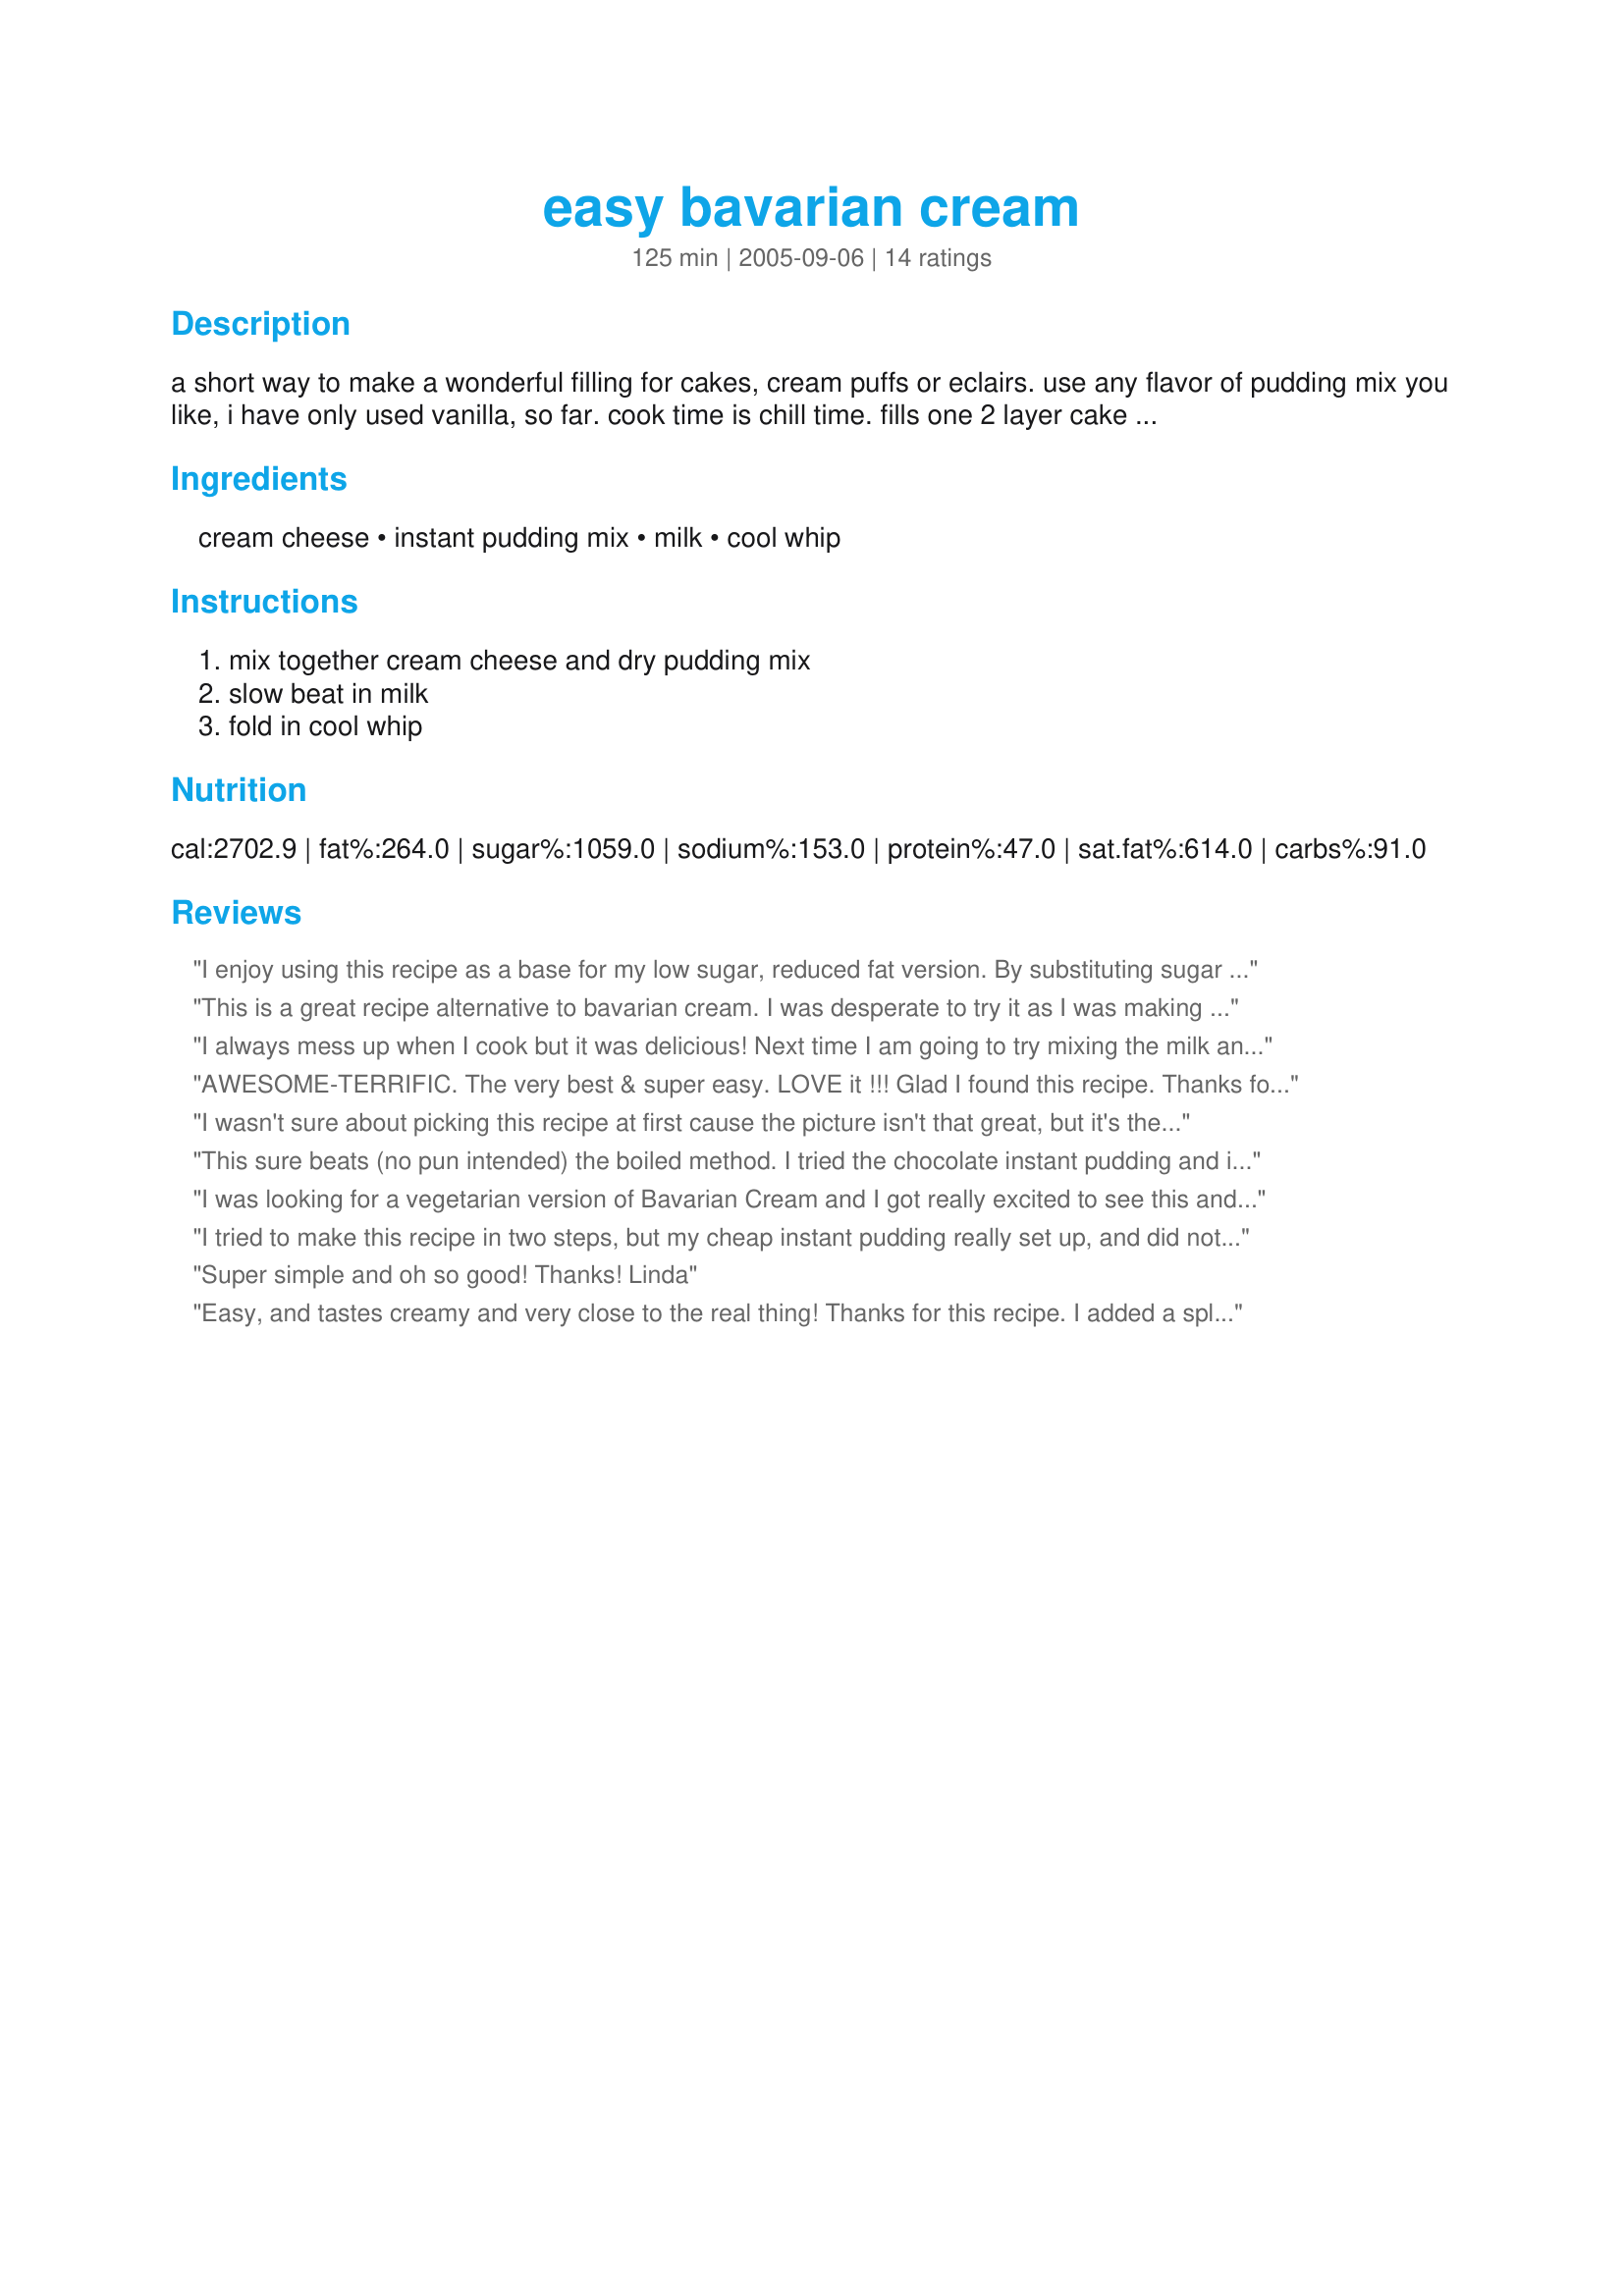
easy bavarian cream
Preparation time: 125 minutes

a short way to make a wonderful filling for cakes, cream puffs or eclairs. use any flavor of pudding mix you like, i have only used vanilla, so far. cook time is chill time. fills one 2 layer cake or about 24 cream puffs.

Ingredients:
cream cheese, instant pudding mix, milk, cool whip

Steps:
mix together cream cheese and dry pudding mix, slow beat in milk, fold in cool whip

Reviews:
I enjoy using this recipe as a base for my low sugar, reduced fat version. By substituting sugar free pudding, fat free or 1/3 less fat cream cheese, skim milk or soy and fat free cool whip, I make a sinfully delightful treat into special diets wonders and it does taste good. I can also make a strawberry version as well by adding sugar free perserves or fresh/frozen strawberries. Its good on bagels, biscuits, english muffins, or as a pie.
This is a great recipe alternative to bavarian cream. I was desperate to try it as I was making a huge cake, it was getting late and I was running out of time and patients so I really didnt want to have to make the real version of bavarian cream. Thanks for the secret, it really helped a lot and really does taste like a great bavarian cream.
I always mess up when I cook but it was delicious! Next time I am going to try mixing the milk and pudding mix first, then adding cream cheese.
AWESOME-TERRIFIC. The very best & super easy. LOVE it !!!
Glad I found this recipe. Thanks for sharing/posting. *****+
I wasn't sure about picking this recipe at first cause the picture isn't that great, but it's the only one I use! I use this cream for almost every cake I do and it's cheap, quick and so easy! And delicious! Thanks so much! :D
This sure beats (no pun intended) the boiled method. I tried the chocolate instant pudding and it was just fine! Thanks.
I was looking for a vegetarian version of Bavarian Cream and I got really excited to see this and try it. I followed the recipe exactly, but I was less than thrilled with the results. It tasted like pudding and Cool Whip and not a thing like the rich, creamy, fluffy Bavarian Creams I've had in the past. I tried to fix it, too, by adding powdered sugar and some vanilla powder, but the pudding flavor and Cool Whip prevailed. I ended up chucking the whole thing and using a mousse recipe to fill my cupcakes. Be warned, it doesn't taste anything like Bavarian Cream. It'd be better in a Boston Cream Pie. Perhaps using heavy whipping cream whipped up to stiff peaks as the fold-in agent would douse that greasy, cheap flavor from the Cool Whip.
I tried to make this recipe in two steps, but my cheap instant pudding really set up, and did not mix well with the whipped cream (instead of cool whip) that I used the next day. I agree with other reviewers that the pudding flavor really overwhelms the cream. I have never made real Bavarian cream, but I am willing to try now!
Super simple and oh so good! Thanks! Linda
Easy, and tastes creamy and very close to the real thing! Thanks for this recipe. I added a splash of vanilla to this recipe and vanilla pudding.
This recipe is great! Although it I wasn't able to "fold" the whip cream in. I had to mix it to get it through the batter, it is wonderful. I made it with chocolate pudding, placed it between two layers of round chocolate cake, poured a butter/powered sugared based chocolate icing over the top, letting it drip over the sides and then fudge ice cream topping that was a hint darker in color also pour over the side. Then I dipped 6 strawberries in chocolate and placed those around the top and it is beautiful! But the cream center is going to make it taste better than it looks! Thanks! I am looking forward to trying it with other flavors.
I made a fourth of this and got 1 cup of cream for use with Recipe #329463 and it's delicious. I did add a small drop of real vanilla extract for more flavor. This is a great recipe for a quick Bavarian cream. Thanks for posting.
I recently had an order for a Boston Creme Pie, but the woman wanted sugar free and non fat. This was a good starting point for a filling after making some changes. I used sugar free pudding, but cut it down to 1 package because I didn't want it to taste fake and look yellow. (I think a second package of pudding would have made it dense instead of light and fluffy.) I used fat free nufchatel cheese in stead of cream cheese, and low fat milk. I also made sugar free/low fat whipped creme which I used instead because I don't believe in Cool Whip. I added Vanilla as well. It tasted great! The woman was very pleased with the taste and couldn't believe it was sugar free or fat free.
This was so easy to make and everyone LOVED it as a filling to my cake. I even got requests to make it for someone else's birthday cake! The only thing...make SURE that the cream cheese is soft OR buy whipped cream cheese. It took forever to get the lumps out because the cream cheese was not absolutley soft. Great recipe though!
